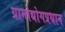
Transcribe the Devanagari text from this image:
ग्रामोद्योगप्रधान